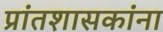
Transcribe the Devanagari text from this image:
प्रांतशासकांना